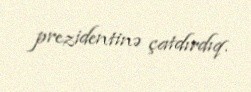
prezidentinə çatdırdıq.